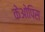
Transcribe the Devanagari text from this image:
केओपिस